Indian journal of veterinary science and animal husbandry - Volume 13,
Year: 1943
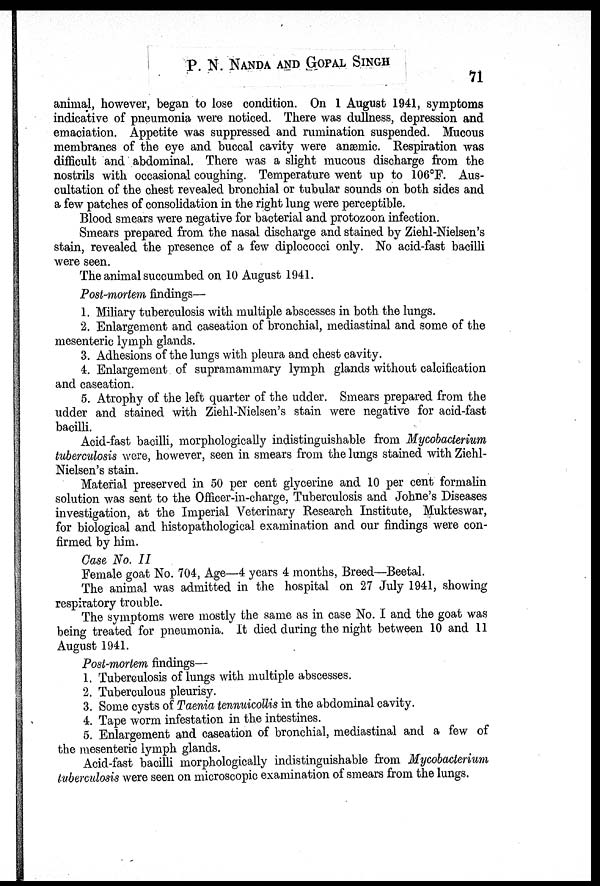
P. N. NANDA AND GOPAL SINGH
71
animal, however, began to lose condition. On 1 August 1941, symptoms
indicative of pneumonia were noticed. There was dullness, depression and
emaciation. Appetite was suppressed and rumination suspended. Mucous
membranes of the eye and buccal cavity were anæmic. Respiration was
difficult and abdominal. There was a slight mucous discharge from the
nostrils with occasional coughing. Temperature went up to 106°F. Aus-
cultation of the chest revealed bronchial or tubular sounds on both sides and
a few patches of consolidation in the right lung were perceptible.
Blood smears were negative for bacterial and protozoon infection.
Smears prepared from the nasal discharge and stained by Ziehl-Nielsen's
stain, revealed the presence of a few diplococci only. No acid-fast bacilli
were seen.
The animal succumbed on 10 August 1941.
Post-mortem findings—
1. Miliary tuberculosis with multiple abscesses in both the lungs.
2. Enlargement and caseation of bronchial, mediastinal and some of the
mesenteric lymph glands.
3. Adhesions of the lungs with pleura and chest cavity.
4. Enlargement of supramammary lymph glands without calcification
and caseation.
5. Atrophy of the left quarter of the udder. Smears prepared from the
udder and stained with Ziehl-Nelsen's stain were negative for acid-fast
bacilli.
Acid-fast bacilli, morphologically indistinguishable from Mycobacterium
tuberculosis were, however, seen in smears from the lungs stained with Ziehl¬
Nielsen's stain.
Material preserved in 50 per cent glycerine and 10 per cent formalin
solution was sent to the Officer-in-charge, Tuberculosis and Johne's Diseases
investigation, at the Imperial Veterinary Research Institute, Mukteswar,
for biological and histopathological examination and our findings were con-
firmed by him.
Case No. II
Female goat No. 704, Age—4 years 4 months, Breed—Beetal.
The animal was admitted in the hospital on 27 July 1941, showing
respiratory trouble.
The symptoms were mostly the same as in case No. I and the goat was
being treated for pneumonia. It died during the night between 10 and 11
August 1941.
Post-mortem findings—
1. Tuberculosis of lungs with multiple abscesses.
2. Tuberculous pleurisy.
3. Some cysts of Taenia tennuicollis in the abdominal cavity.
4. Tape worm infestation in the intestines.
5. Enlargement and caseation of bronchial, mediastinal and a few of
the mesenteric lymph glands.
Acid-fast bacilli morphologically indistinguishable from Mycobacterium
tuberculosis were seen on microscopic examination of smears from the lungs.